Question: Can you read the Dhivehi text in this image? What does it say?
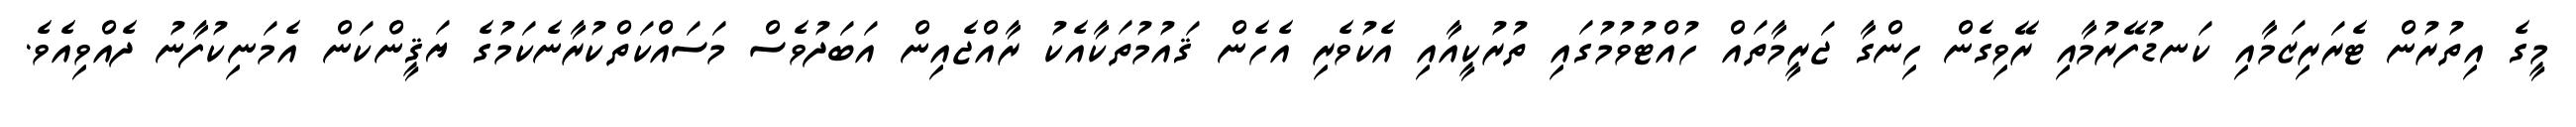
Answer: މީގެ އިތުރުން ޓެރަރިޒަމާއި ކަނޑުފޭރުމާއި ރޭވިގެން ހިންގާ ޖަރީމާތައް ހުއްޓުވުމުގައި ތުރުކީއާއި އެކުވެރި އެހެން ޤައުމުތަކާއެކު ރާއްޖެއިން އަބަދުވެސް މަސައްކަތްކުރާނެކަމުގެ ޔަޤީންކަން އެމަނިކުފާނު ދެއްވިއެވެ.